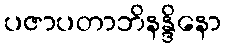
ပဇာပတာဘိနန္ဒိနော